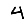
Digit: 4